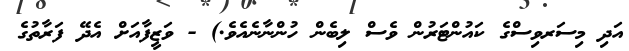
އަދި މިސަރވިސްގެ ކައުންޓަރުން ވެސް ލިބެން ހުންނާނެއެވެ.) - ވަޒީފާއަށް އެދޭ ފަރާތުގެ